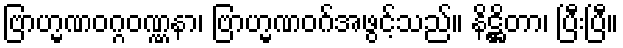
ဗြာဟ္မဏဝဂ္ဂဝဏ္ဏနာ၊ ဗြာဟ္မဏဝဂ်အဖွင့်သည်။ နိဋ္ဌိတာ၊ ပြီးပြီ။